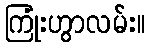
ကြုံးဟွာလမ်း။